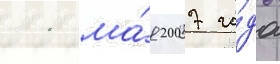
11 ма́я 2007 го́да